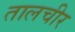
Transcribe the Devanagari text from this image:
तालचीर